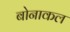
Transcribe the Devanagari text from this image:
बोनाकल